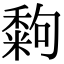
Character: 𥢀